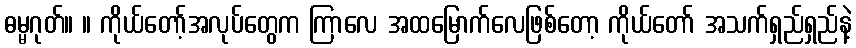
ဓမ္မဂုတ်။ ။ ကိုယ်တော့်အလုပ်တွေက ကြာလေ အထမြောက်လေဖြစ်တော့ ကိုယ်တော် အသက်ရှည်ရှည်နဲ့